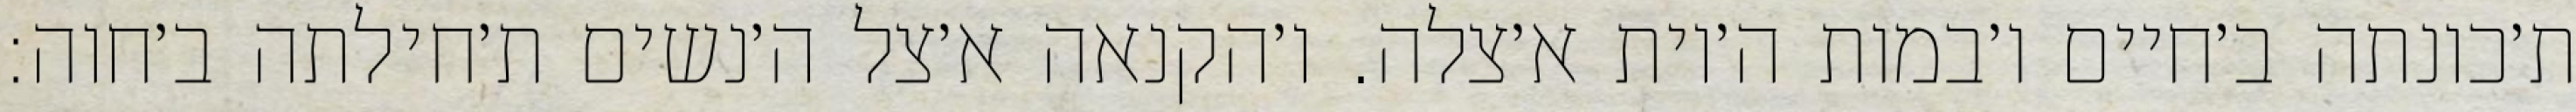
ת׳כונתה ב׳חיים ו׳במות ה׳יות א׳צלה. ו׳הקנאה א׳צל ה׳נשים ת׳חילתה ב׳חוה: